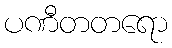
ပဏီတတရော